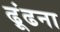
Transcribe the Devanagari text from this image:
ढ़ूंढना